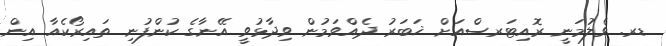
ޑރ. ވެލުމަނީ ރޮއިޓަރސްއަށް ޚަބަރު ދެއްވަމުން ވިދާޅުވީ އޭނާގެ ކުންފުނި ތައިރޯކެއާ އިން